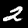
Label: 2